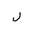
Letter: _lam